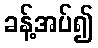
ခန့်အပ်၍